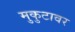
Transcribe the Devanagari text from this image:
मुकुटावर